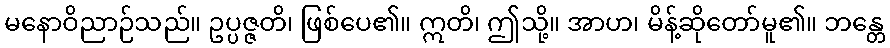
မနောဝိညာဉ်သည်။ ဥပ္ပဇ္ဇတိ၊ ဖြစ်ပေ၏။ ဣတိ၊ ဤသို့။ အာဟ၊ မိန့်ဆိုတော်မူ၏။ ဘန္တေ